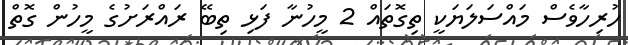
ހުރިހާވެސް މައްސަލަޔަކީ ތިގޮތައް 2 މީހުނާ ފަޅި ތިބޭ ރައްރަށުގެ މީހުން ގޮތް